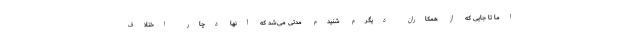
اما تا جایی که از همکاران دیگرم شنیدم مدتی می‌شد که آنها دچار اختلاف